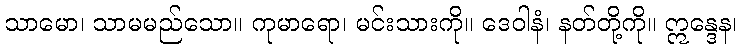
သာမော၊ သာမမည်သော။ ကုမာရော၊ မင်းသားကို။ ဒေဝါနံ၊ နတ်တို့ကို။ ဣန္ဒေန၊